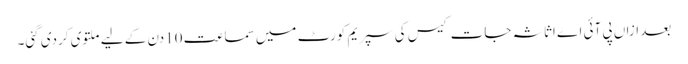
بعد ازاں پی آئی اے اثاثہ جات کیس کی سپریم کورٹ میں سماعت 10دن کے لیے ملتوی کردی گئی۔